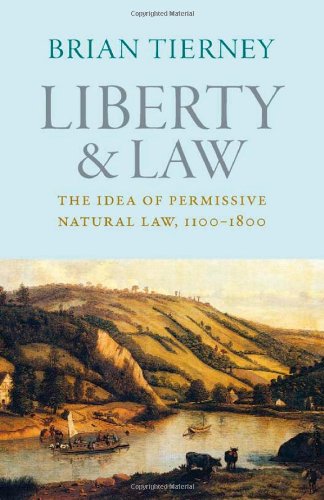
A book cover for Liberty and Law: The Idea of Permissive Natural Law, 1100-1800 (Studies in Medieval and Early Modern Canon Law); Brian Tierney; Law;